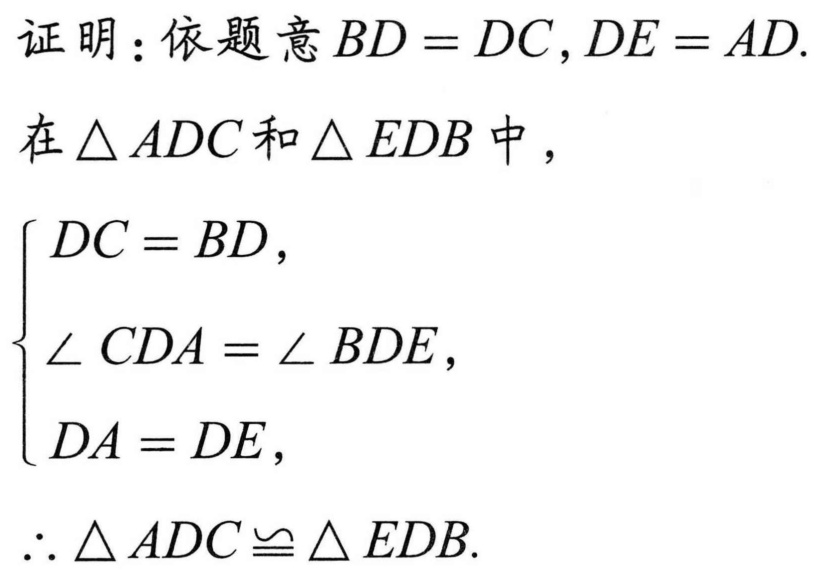
证明：依题意\(BD = DC,DE = AD\).
在\(\triangle ADC\)和\(\triangle EDB\)中，
\(\begin{cases}
DC = BD,\\
\angle CDA = \angle BDE,\\
DA = DE,
\end{cases}\)
\(\therefore \triangle ADC\cong \triangle EDB\).